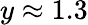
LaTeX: y\approx 1.3